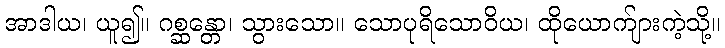
အာဒါယ၊ ယူ၍။ ဂစ္ဆန္တော၊ သွားသော။ သောပုရိသောဝိယ၊ ထိုယောက်ျားကဲ့သို့။